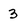
Character: 3